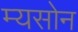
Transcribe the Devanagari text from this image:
म्यसोन